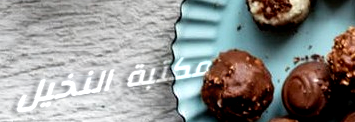
مكتبة النخيل